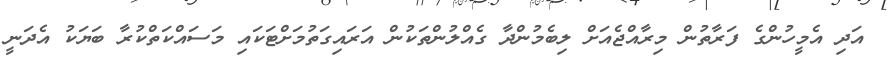
އަދި އެމީހުންގެ ފަރާތުން މިރާއްޖެއަށް ލިބެމުންދާ ގެއްލުންތަކުން އަރައިގަތުމަށްޓަކައި މަސައްކަތްކުރާ ބަޔަކު އެދަނީ